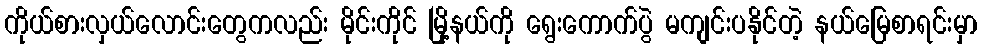
ကိုယ်စားလှယ်လောင်းတွေကလည်း မိုင်းကိုင် မြို့နယ်ကို ရွေးကောက်ပွဲ မကျင်းပနိုင်တဲ့ နယ်မြေစာရင်းမှာ